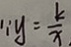
\because y = \frac { k } { x }